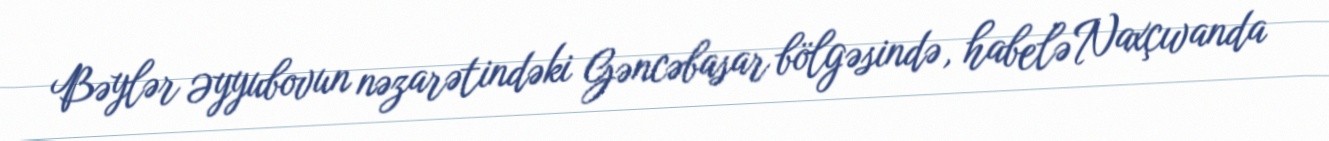
Bəylər Əyyubovun nəzarətindəki Gəncəbasar bölgəsində, habelə Naxçıvanda